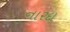
નારદા